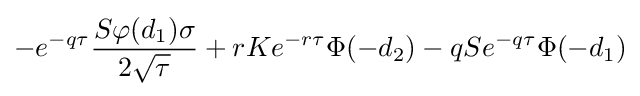
-e^{-q\tau }{\frac {S\varphi (d_{1})\sigma }{2{\sqrt {\tau }}}}+rKe^{-r\tau }\Phi (-d_{2})-qSe^{-q\tau }\Phi (-d_{1})